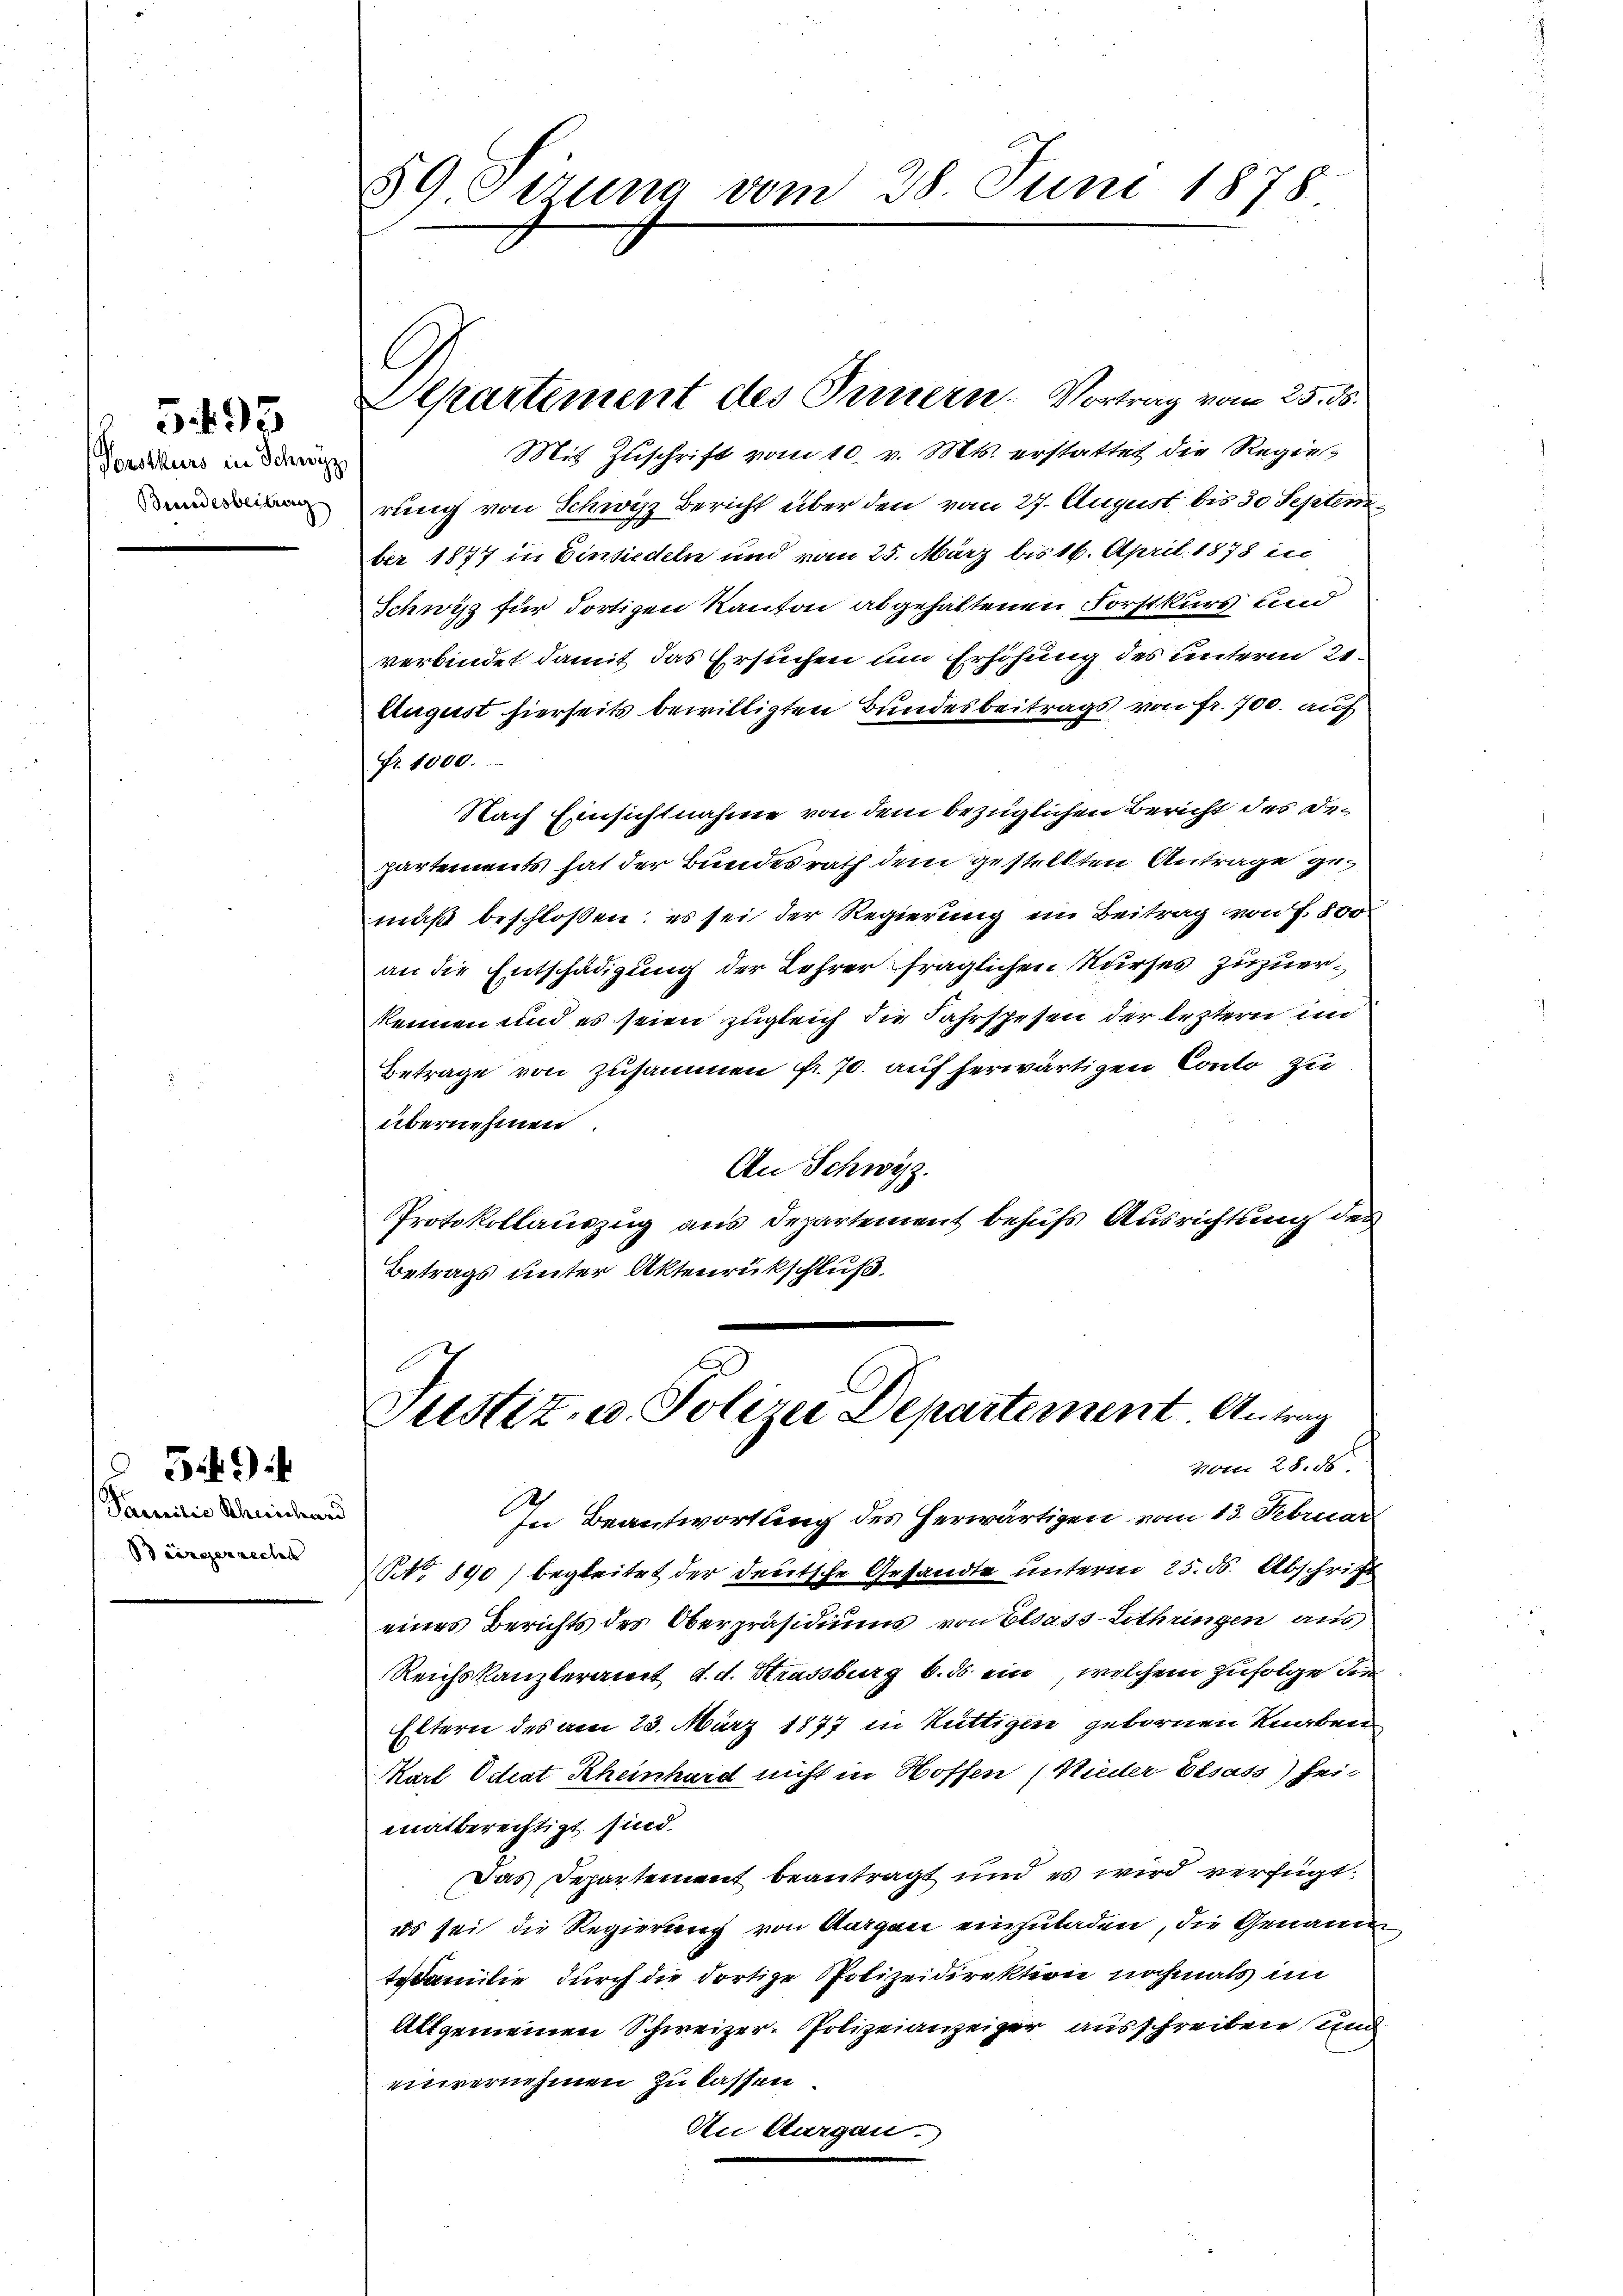
Porstkurs in Schwyz
Beendesbeitrag

5493

Familie Schmidhard
Biirgenrecht

Gif. 9

59 Sirung vom 28 Juni 1878

Departement des Innern. Vortrag vom 25. ds.

Mit Zuschrift vom 10. v. Mts. erstattet die Regierung von Schwyz Bericht über den vom 27. August bis 30 Septem
ber 1877 in Einsiedeln und vom 25. März bis 16. April 1878 in
Schwisz für dortigen Kanton abgehaltenen Forstkurs und
verbindet damit das Ersuchen um Erhöhung des unterm 21.
August hierseits bewilligten Bundesbeitrags von fr. 700. auf
Fr. 1000.
Nach Einsichtnahme von dem bezüglichen Bericht des Departements hat der Bundesrath dem gestellten Antrage gemäß beschloßen; es sei der Regierung ein Beitrag von f. 500
an die Entschädigung der Lehrer fraglichen Kurses zuzuerkennen und es seien zugleich die Jahrspesen der leztern im
Betrage von zusammen fr. 70. auf herwärtigen Conto zu
übernehmen.
An Schwyz.
Protokollauszug aus Departement behufs Ausrichtung des
Betrags unter Aktenrückschluß.

Justiz- u. Polizei Departement Antrag
vom 28. ds.

In Beantwortung des herwärtigen vom 13. Februar
NNo. 890) begleitet der deutsche Gesandte unterm 25. ds. Abschrift
eines Berichts des Oberpräsidiums von Elsass-Lothringen aus
Reichskanzleramt d. d. Strassburg 6. ds ein welchem Zufolge die
Eltern des am 23. März 1877 in Rüttigen gebornen Knaben
Karl Odtrat Rheinhard nicht in Hoffen (Wieder Elsass) sein
matberechtigt sind.
Das Departement beantragt und es wird verfügt:
es sei die Regierung von Aargau einzuladen, die Genande
tefamilie durch die dortige Polizeidirektion nochmals im
Allgemeinen Schweizer- Polizeianzeiger ausschreiben und
einvernehmen zu lassen.
An Aargau.